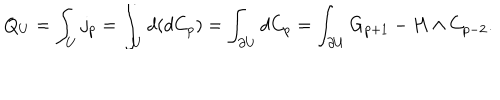
LaTeX: Q _ { U } = \int _ { U } j _ { p } = \int _ { U } d ( d C _ { p } ) = \int _ { \partial U } d C _ { p } = \int _ { \partial U } G _ { p + 1 } - H \wedge C _ { p - 2 } .